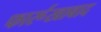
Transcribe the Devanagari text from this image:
फार्रूखाबाद